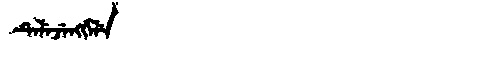
Manchu: ᡨᡝᠯᡝᠵᡝᠩᡤᡝᠯᡝ
Romanization: TELEJENGGELE